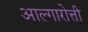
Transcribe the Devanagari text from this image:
आल्गारोत्ती